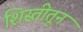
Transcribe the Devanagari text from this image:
शिस्तीतून